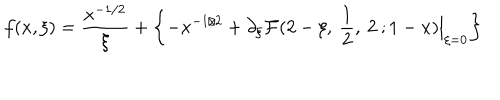
LaTeX: f ( x , \xi ) = \frac { x ^ { - 1 / 2 } } { \xi } + \left\{ - x ^ { - 1 / 2 } + \partial _ { \xi } { \cal F } ( 2 - \xi , \: \frac { 1 } { 2 } , \: 2 \: ; 1 - x ) \Big | _ { \xi = 0 } \right\}